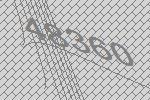
48360